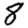
Digit: 8